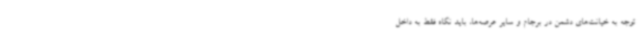
توجه به خیانت‌های دشمن در برجام و سایر عرصه‌ها، باید نگاه فقط به داخل